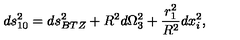
d s _ { 1 0 } ^ { 2 } = d s _ { B T Z } ^ { 2 } + R ^ { 2 } d \Omega _ { 3 } ^ { 2 } + { \frac { r _ { 1 } ^ { 2 } } { R ^ { 2 } } } d x _ { i } ^ { 2 } ,